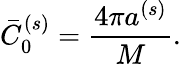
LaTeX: \bar{C}_{0}^{(s)}=\frac{4\pi a^{(s)}}{M}.